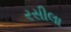
રસીલા